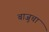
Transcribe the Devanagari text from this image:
बाजुचा